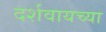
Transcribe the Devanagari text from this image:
दर्शवायच्या